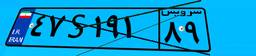
۴۷S۱۹۱۸۹